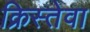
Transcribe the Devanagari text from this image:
क्रिस्तेवा